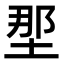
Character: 𫭹